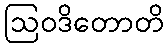
ဩဝဒိတောတိ